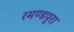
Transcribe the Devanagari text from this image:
रमण्डपुरा